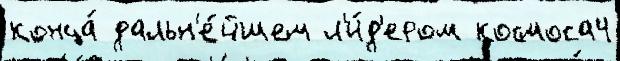
конца́ дальн'е́йшем л'и́д'ером космоса4